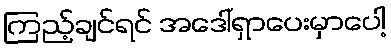
ကြည့်ချင်ရင် အဒေါ်ရှာပေးမှာပေါ့